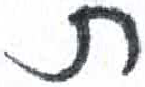
אות: ת